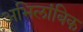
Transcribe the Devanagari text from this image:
अभिलांबिक